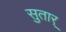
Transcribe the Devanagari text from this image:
सुतार्